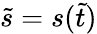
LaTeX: \widetilde s=s(\widetilde t)